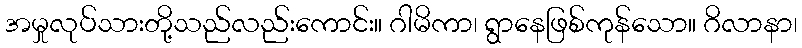
အမှုလုပ်သားတို့သည်လည်းကောင်း။ ဂါမိကာ၊ ရွာနေဖြစ်ကုန်သော။ ဂိလာနာ၊